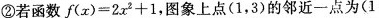
② 若函数 f ( x ) = 2x^{ 2 }+1，图象上点 ( 1，3 ) 的邻近一点为 ( 1